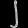
Digit: ၂